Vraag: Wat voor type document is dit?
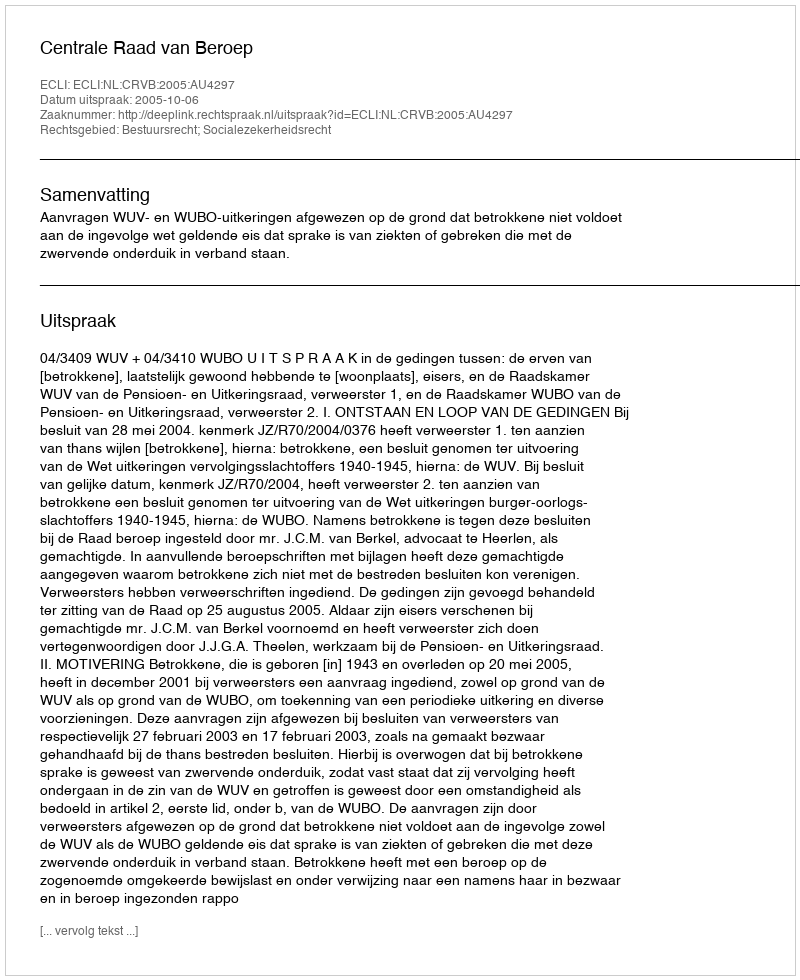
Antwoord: Uitspraak